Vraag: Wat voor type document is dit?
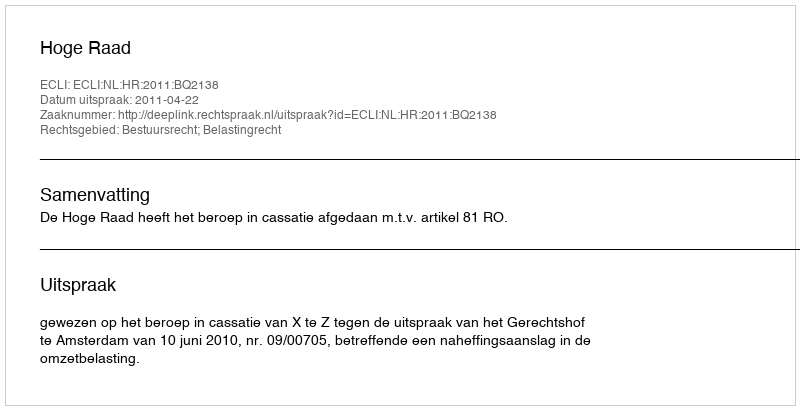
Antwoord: Uitspraak